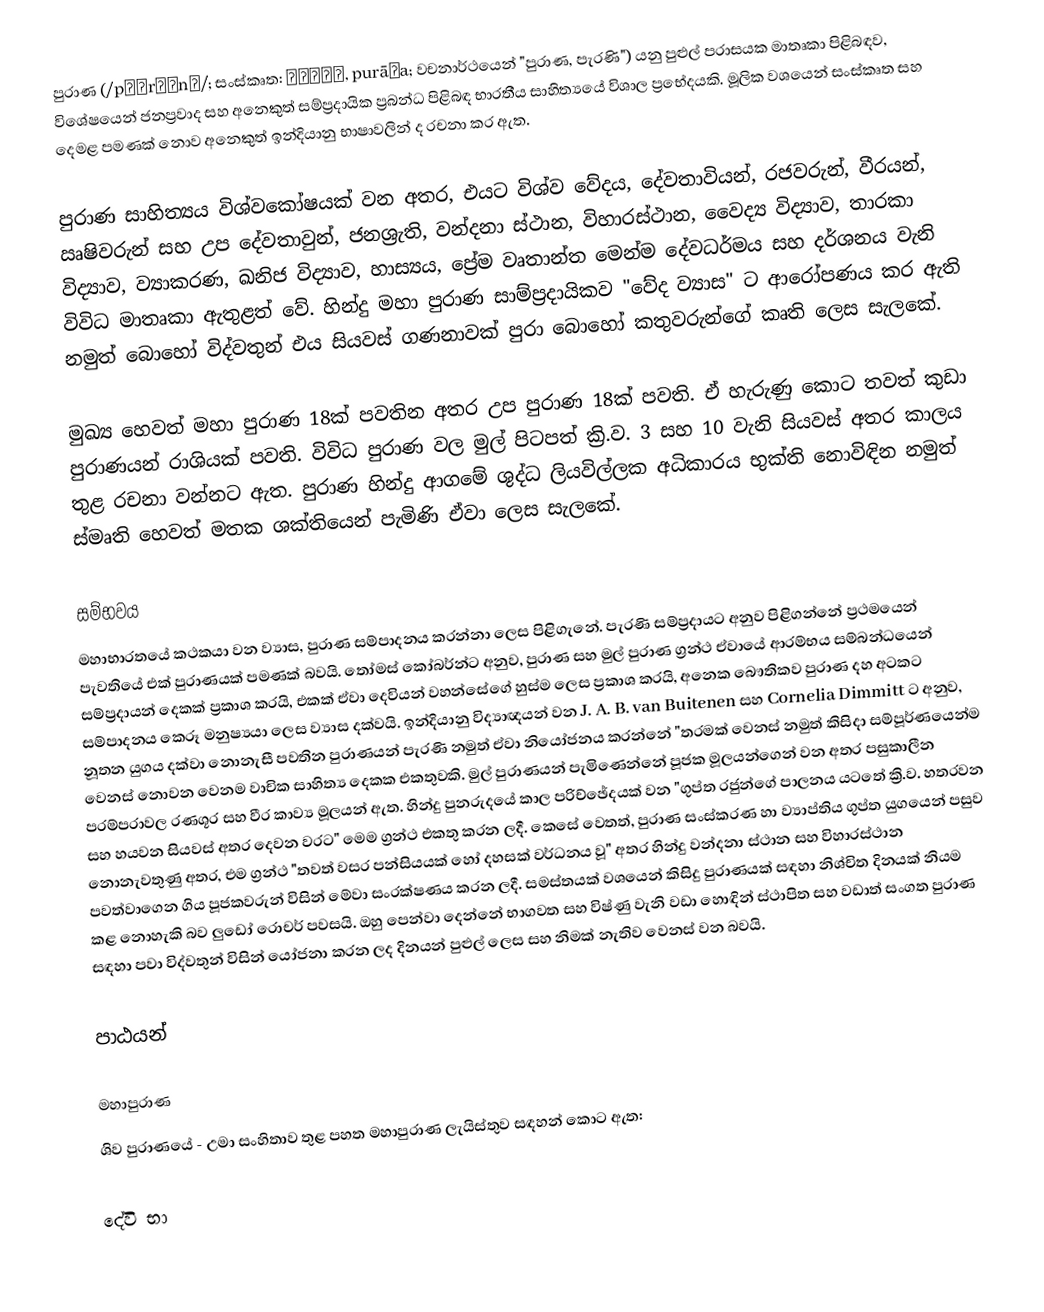
පුරාණ (/pʊˈrɑːnə/; සංස්කෘත: पुराण, purāṇa; වචනාර්ථයෙන් "පුරාණ, පැරණි") යනු පුළුල් පරාසයක මාතෘකා පිළිබඳව, විශේෂයෙන් ජනප්‍රවාද සහ අනෙකුත් සම්ප්‍රදායික ප්‍රබන්ධ පිළිබඳ භාරතීය සාහිත්‍යයේ විශාල ප්‍රභේදයකි. මූලික වශයෙන් සංස්කෘත සහ දෙමළ පමණක් නොව අනෙකුත් ඉන්දියානු භාෂාවලින් ද රචනා කර ඇත.

පුරාණ සාහිත්‍යය විශ්වකෝෂයක් වන අතර,  එයට විශ්ව වේදය, දේවතාවියන්, රජවරුන්, වීරයන්, ඍෂිවරුන් සහ උප දේවතාවුන්, ජනශ්‍රැති, වන්දනා ස්ථාන, විහාරස්ථාන, වෛද්‍ය විද්‍යාව, තාරකා විද්‍යාව, ව්‍යාකරණ, ඛනිජ විද්‍යාව, හාස්‍යය, ප්‍රේම වෘතාන්ත මෙන්ම දේවධර්මය සහ දර්ශනය වැනි විවිධ මාතෘකා ඇතුළත් වේ. හින්දු මහා පුරාණ සාම්ප්‍රදායිකව "වේද ව්‍යාස" ට ආරෝපණය කර ඇති නමුත් බොහෝ විද්වතුන් එය සියවස් ගණනාවක් පුරා බොහෝ කතුවරුන්ගේ කෘති ලෙස සැලකේ.

මුඛ්‍ය හෙවත් මහා පුරාණ 18ක් පවතින අතර උප පුරාණ 18ක් පවති. ඒ හැරුණු කොට තවත් කුඩා පුරාණයන් රාශියක් පවති. විවිධ පුරාණ වල මුල් පිටපත් ක්‍රි.ව. 3 සහ 10 වැනි සියවස් අතර කාලය තුළ රචනා වන්නට ඇත. පුරාණ හින්දු ආගමේ ශුද්ධ ලියවිල්ලක අධිකාරය භුක්ති නොවිඳින නමුත් ස්මෘති හෙවත් මතක ශක්තියෙන් පැමිණි ඒවා ලෙස සැලකේ.

සම්භවය
මහාභාරතයේ කථකයා වන ව්‍යාස, පුරාණ සම්පාදනය කරන්නා ලෙස පිළිගැනේ. පැරණි සම්ප්‍රදායට අනුව පිළිගන්නේ ප්‍රථමයෙන් පැවතියේ එක් පුරාණයක් පමණක් බවයි. තෝමස් කෝබර්න්ට අනුව, පුරාණ සහ මුල් පුරාණ ග්‍රන්ථ ඒවායේ ආරම්භය සම්බන්ධයෙන් සම්ප්‍රදායන් දෙකක් ප්‍රකාශ කරයි, එකක් ඒවා දෙවියන් වහන්සේගේ හුස්ම ලෙස ප්‍රකාශ කරයි, අනෙක බෞතිකව පුරාණ දහ අටකට සම්පාදනය කෙරූ මනුෂ්‍යයා ලෙස ව්‍යාස දක්වයි. ඉන්දියානු විද්‍යාඥයන් වන J. A. B. van Buitenen සහ Cornelia Dimmitt ට අනුව, නූතන යුගය දක්වා නොනැසී පවතින පුරාණයන් පැරණි නමුත් ඒවා නියෝජනය කරන්නේ "තරමක් වෙනස් නමුත් කිසිදා සම්පූර්ණයෙන්ම වෙනස් නොවන වෙනම වාචික සාහිත්‍ය දෙකක එකතුවකි. මුල් පුරාණයන් පැමිණෙන්නේ පූජක මූලයන්ගෙන් වන අතර පසුකාලීන පරම්පරාවල රණශූර සහ වීර කාව්‍ය මූලයන් ඇත. හින්දු පුනරුදයේ කාල පරිච්ඡේදයක් වන "ගුප්ත රජුන්ගේ පාලනය යටතේ ක්‍රි.ව. හතරවන සහ හයවන සියවස් අතර දෙවන වරට" මෙම ග්‍රන්ථ එකතු කරන ලදී. කෙසේ වෙතත්, පුරාණ සංස්කරණ හා ව්‍යාප්තිය ගුප්ත යුගයෙන් පසුව නොනැවතුණු අතර, එම ග්‍රන්ථ "තවත් වසර පන්සියයක් හෝ දහසක් වර්ධනය වූ" අතර හින්දු වන්දනා ස්ථාන සහ විහාරස්ථාන පවත්වාගෙන ගිය පූජකවරුන් විසින් මේවා සංරක්ෂණය කරන ලදී. සමස්තයක් වශයෙන් කිසිදු පුරාණයක් සඳහා නිශ්චිත දිනයක් නියම කළ නොහැකි බව ලුඩෝ රොචර් පවසයි. ඔහු පෙන්වා දෙන්නේ භාගවත සහ විෂ්ණු වැනි වඩා හොඳින් ස්ථාපිත සහ වඩාත් සංගත පුරාණ සඳහා පවා විද්වතුන් විසින් යෝජනා කරන ලද දිනයන් පුළුල් ලෙස සහ නිමක් නැතිව වෙනස් වන බවයි.

පාඨයන්

මහාපුරාණ
ශිව පුරාණයේ - උමා සංහිතාව තුළ පහත මහාපුරාණ ලැයිස්තුව සඳහන් කොට ඇත:

දේවි භා